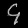
Digit: ၄